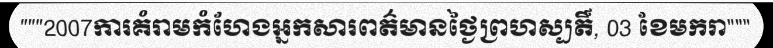
"""2007ការគំរាមកំហែងអ្នកសារពត៌មានថ្ងៃព្រហស្បតិ៍, 03 ខែមករា"""